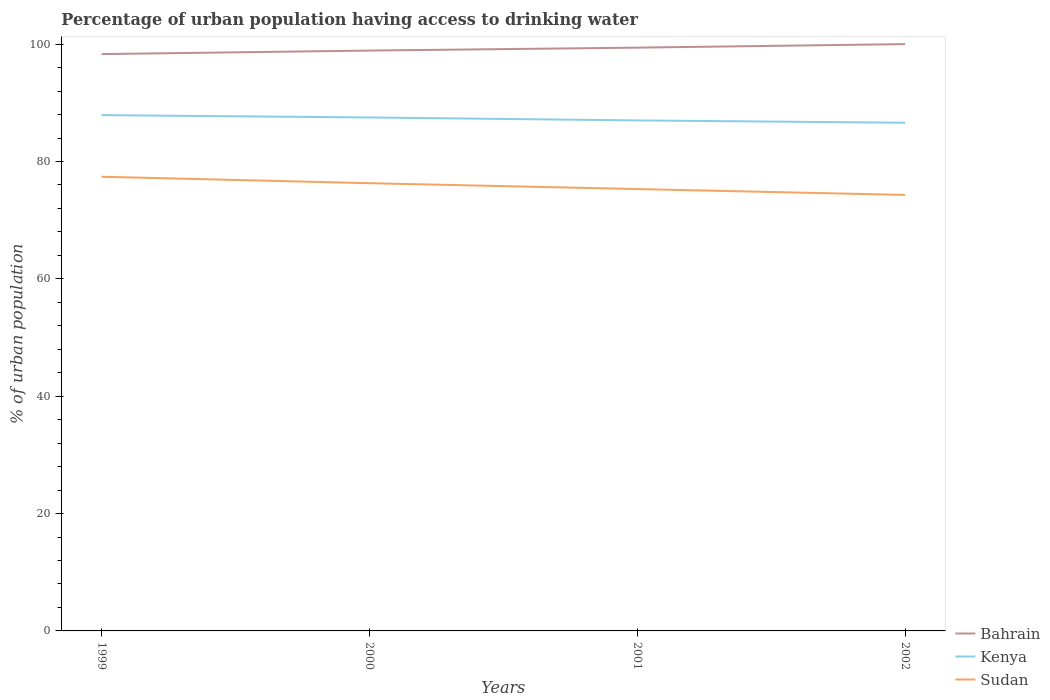
| Years | Bahrain | Kenya | Sudan |
 | --- | --- | --- | --- |
 | 1999 | 98.3 | 87.9 | 77.4 |
 | 2000 | 98.9 | 87.5 | 76.3 |
 | 2001 | 99.4 | 87 | 75.3 |
 | 2002 | 100 | 86.6 | 74.3 |